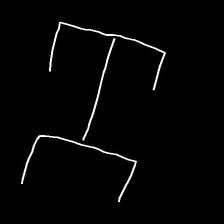
Glyph: entwine